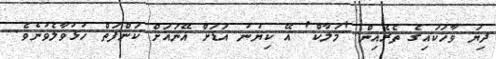
ދިޔަ ވާހަކައިގެ ތެރެއިން 'މަލާކް' އޭ ކިޔުނު އަޑަށް އޭނައަށް ކަންފަތް ހުޅުވާލެވުނެވެ.